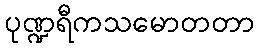
ပုဏ္ဍရီကသမောတတာ